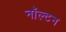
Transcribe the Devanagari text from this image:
नॉल्टन